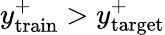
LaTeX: y_{\mathrm{train}}^{+}>y_{\mathrm{target}}^{+}